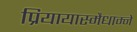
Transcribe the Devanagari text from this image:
प्रियायास्मैधाम्ने